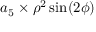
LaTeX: a _ { 5 } \times \rho ^ { 2 } \sin ( 2 \phi )